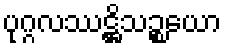
ပုဂ္ဂလဿဋ္ဌိသဉ္စယော